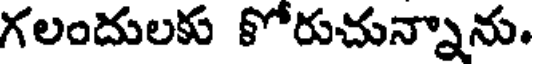
గలందులకు కోరుచున్నాను.